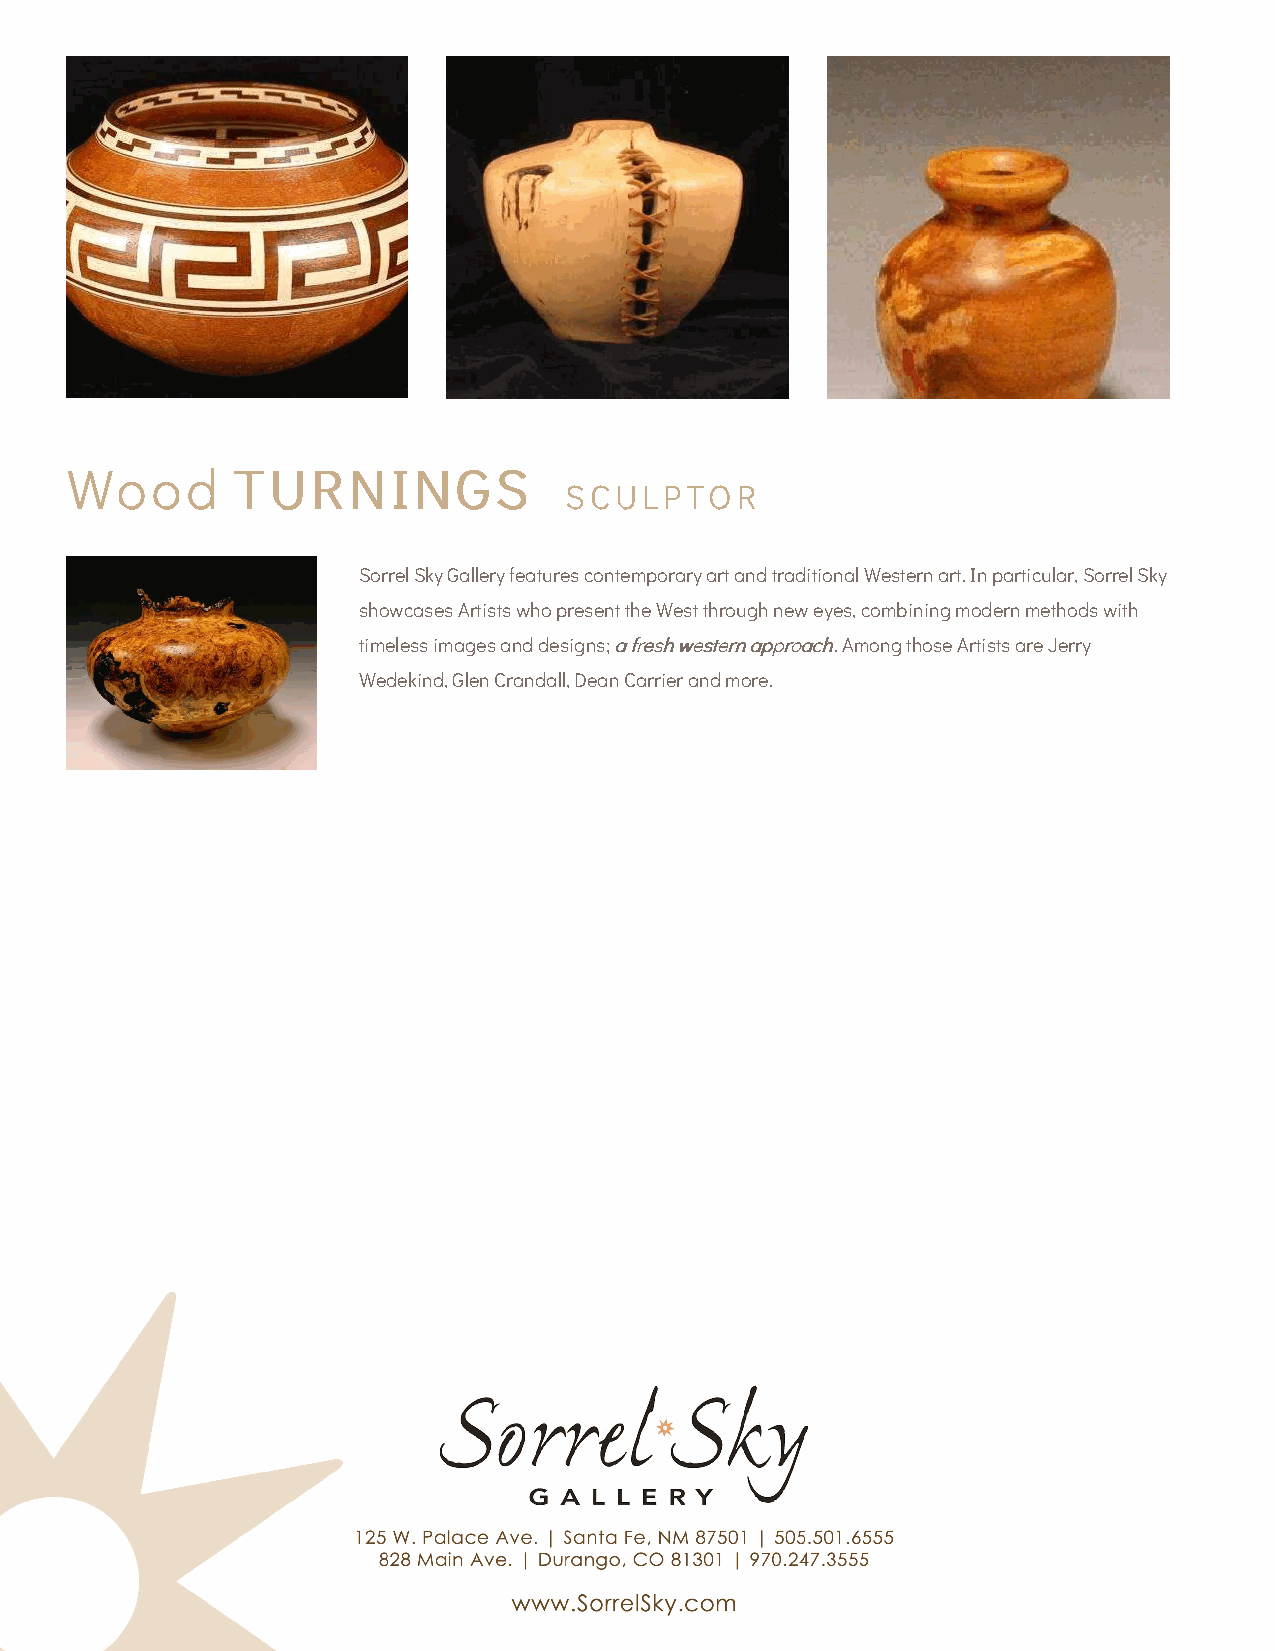
Wood       TTUURRNNIINNGGSS
 SCULPTOR
 Sorrel Sky Gallery features contemporary art and traditional Western art. In particular, Sorrel Sky
 showcases Artists who present the West through new eyes, combining modern methods with
 timeless images and designs; aa ffrreesshh wweesstteerrnn aapppprrooaacchh. Among those Artists are Jerry
 Wedekind, Glen Crandall, Dean Carrier and more.